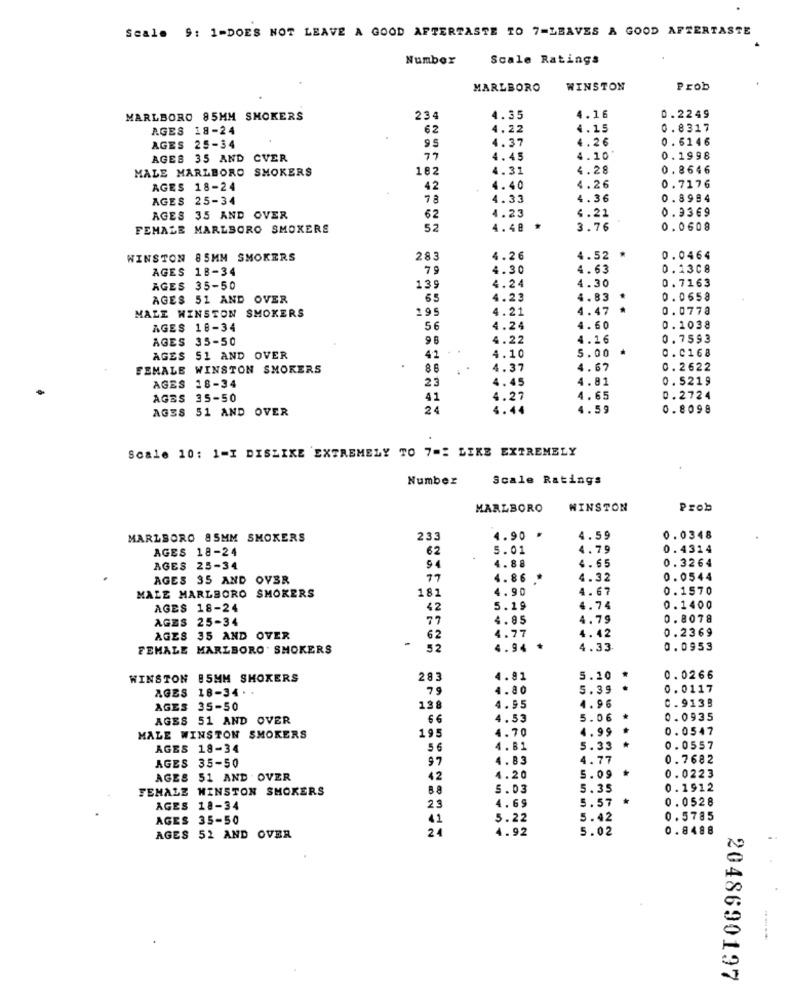
Scale 9: 1-DOES NOT LEAVE A GOOD AFTERTASTE TO 7-LEAVES A GOOD AFTERTASTE
Numbox
Scale Ratings
MARLBORO
WINSTON
Prob
4.16
MARLBORO 85MM SMOKERS
234
4.35
0.2249
AGES 18-24
62
4. 22
4.15
0.8317
9
4.37
4.26
0.6146
AGES 25-34
AGES 35 AND CVER
77
4.45
4.10'
0.1998
MALE MARLBORO SMOKERS
182
4.31
4.28
0.8646
AGES 18-24
42
4.40
4.26
0.7176
AGES 25-34
78
4.33
4.36
0.8994
0.9369
AGES 35 AND OVER
62
4.23
4.21
FEMALE MARLBORO SMOKERS
52
4.48
3.76
0.0608
WINSTON 85MM SMOKERS
283
4.26
4.52
*
0.0464
AGES 18-34
7.9
4.30
4.63
0.2308
0.7163
AGES 35-50
139
4.24
4.30
AGES 51 AND OVER
65
4.23
4.83
0.0658
195
4.21
4.47
0.0778
MALE WINSTON SMOKERS
AGES 18-34
56
4.24
4.60
0.1038
AGES 35-50
9 8
4.22
4.16
0.7593
0.0168
AGES $1 AND OVER
41
4.10
5.00
FEMALE WINSTON SMOKERS
.
4.37
4.67
0.2622
23
4.45
4.81
0.5219
AGES 18-34
AGBS 35-50
41
4.27
4.65
0.2724
AGES 51 AND OVER
24
4.44
4.59
0.8098
Scale 10: 1=I DISLIKE EXTREMELY TO 7 =: LIKE EXTREMELY
Number
Scale Ratings
MARLBORO
WINSTON
Prob
MARLBORO 85MM SMOKERS
233
4.90 *
4.59
0. 0348
AGES 18-24
62
5.01
4.79
0.4314
0.3264
AGES 25-34
4. 88
4.65
AGES 35 AND OVER
77
4. 86
4.32
0.0544
MALE MARLBORO SMOKERS
181
4.90
4.67
0.1570
AGES 18-24
42
5.19
4.74
0.1400
AGES 25-34
77
4.85
4.79
0.8078
4.77
0.2369
AGES 35 AND OVER
-
62
4.42
FEMALE MARLBORO . SMOKERS
52
4.94
.
4.33
0.0953
WINSTON 85MM SHOXERS
283
4.81
5.10 *
0.0266
AGES 18-34.
79
4.80
5.39
0.0117
C.9138
AGES
35-50
138
4.95
4.96
AGES 51 AND OVER
4.53
5.06 *
0.0935
4.70
4.99
0.0547
MALE WINSTON SMOKERS
195
AGES 18-34
4.81
5.33
...
0.0557
AGES 35-50
97
4.83
4.77
0.7682
AGES 51 AND . OVER
42
4.20
5.09 *
0.0223
FEMALE WINSTON SMOKERS
88
5.03
5.35
0.1912
4.69
0.0528
AGES 18-34
23
5.57
AGES 35-50
41
5.22
5.42
0.5785
24
4.92
5.02
0.8488
AGES 52 AND OVER
2048690197